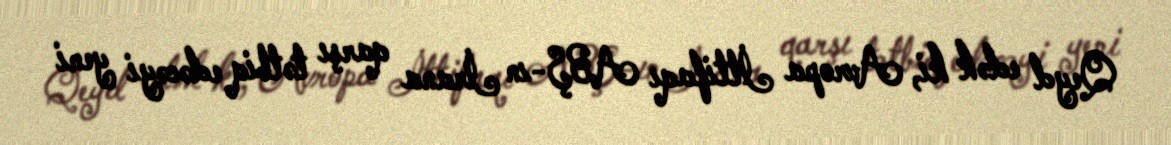
Qeyd edək ki, Avropa İttifaqı ABŞ-ın İrana qarşı tətbiq edəcəyi yeni